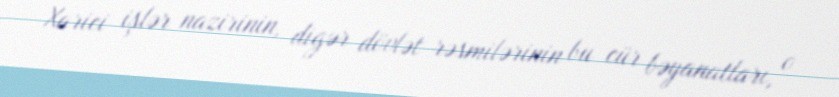
Xarici işlər nazirinin, digər dövlət rəsmilərinin bu cür bəyanatları, o